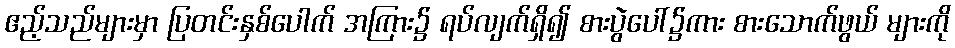
ဧည့်သည်များမှာ ပြတင်းနှစ်ပေါက် အကြား၌ ရပ်လျက်ရှိ၍ စားပွဲပေါ်၌ကား စားသောက်ဖွယ် များကို